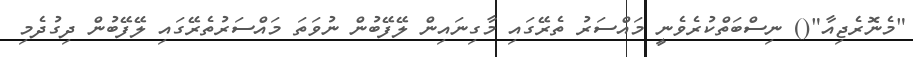
"މެނޮރެޖިއާ"() ނިސްބަތްކުރެވެނީ މައްސަރު ތެރޭގައި މާގިނައިން ލޭފޭބުން ނުވަތަ މައްސަރުތެރޭގައި ލޭފޭބުން ދިގުދެމި